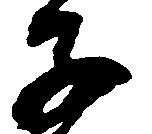
子